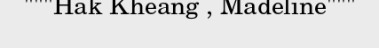
"""Hak Kheang , Madeline"""